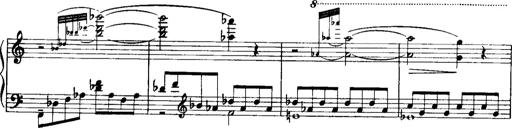
Title: Historische ungarische Bildnisse
Composer: Franz Liszt